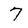
Character: 7